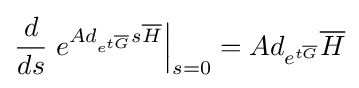
{\frac {d}{ds}}\left.e^{Ad_{e^{t{\overline {G}}}}s{\overline {H}}}\right|_{s=0}=Ad_{e^{t{\overline {G}}}}{\overline {H}}